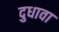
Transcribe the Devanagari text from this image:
दुधावा